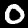
Digit: 0